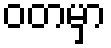
ဝတမှာ